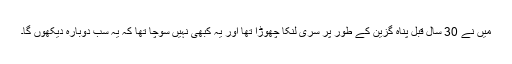
میں نے 30 سال قبل پناہ گزین کے طور پر سری لنکا چھوڑا تھا اور یہ کبھی نہیں سوچا تھا کہ یہ سب دوبارہ دیکھوں گا۔